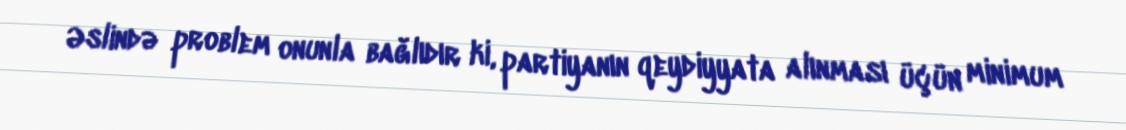
Əslində problem onunla bağlıdır ki, partiyanın qeydiyyata alınması üçün minimum